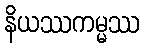
နိယဿကမ္မဿ